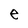
Character: e